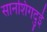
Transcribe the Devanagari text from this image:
सानशिंगदुई